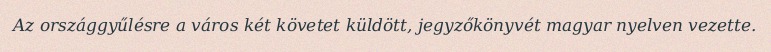
Az országgyűlésre a város két követet küldött, jegyzőkönyvét magyar nyelven vezette.